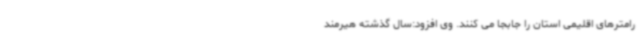
رامترهای اقلیمی استان را جابجا می کنند. وی افزود:سال گذشته هیرمند